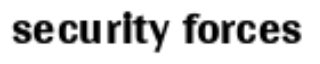
security forces